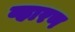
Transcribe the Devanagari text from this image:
व्हारण